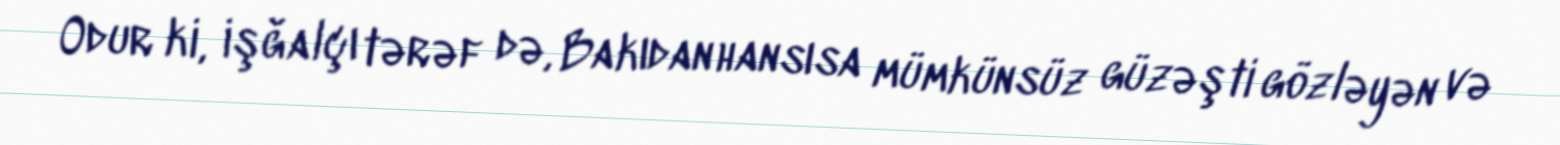
Odur ki, işğalçı tərəf də, Bakıdan hansısa mümkünsüz güzəşti gözləyən və